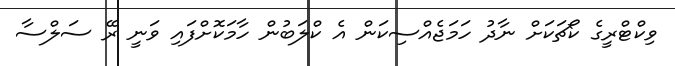
ވިކްޓްރީގެ ކޯޗަކަށް ނާދު ހަމަޖެއްސިކަން އެ ކްލަބުން ހާމަކޮށްފައި ވަނީ ރޭ ސަލްސާ